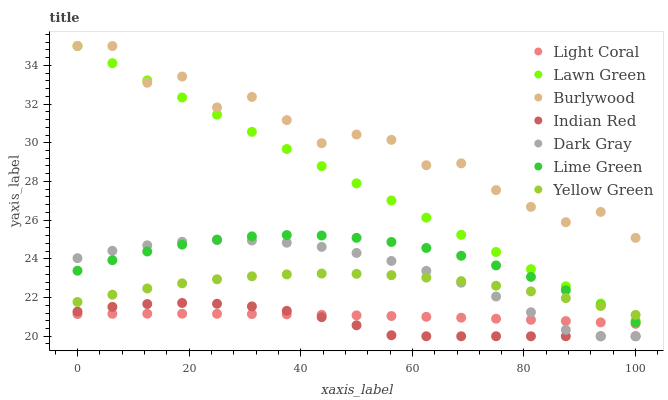
| xaxis_label | Light Coral | Lawn Green | Burlywood | Indian Red | Dark Gray | Lime Green | Yellow Green |
 | --- | --- | --- | --- | --- | --- | --- | --- |
 | 0 | 21.1 | 35 | 35 | 21.3 | 24 | 23.4 | 21.8 |
 | 6.25 | 21.2 | 34.1 | 35 | 21.5 | 24.4 | 23.9 | 22.1 |
 | 12.5 | 21.2 | 33.2 | 33.1 | 21.7 | 24.7 | 24.4 | 22.5 |
 | 18.8 | 21.2 | 32.3 | 33.4 | 21.7 | 24.9 | 24.7 | 22.7 |
 | 25 | 21.2 | 31.5 | 31.8 | 21.7 | 25 | 25 | 22.9 |
 | 31.2 | 21.1 | 30.6 | 32.4 | 21.5 | 25 | 25.2 | 23.1 |
 | 37.5 | 21.1 | 29.7 | 31.2 | 21.3 | 24.8 | 25.2 | 23.2 |
 | 43.8 | 21.1 | 28.8 | 30 | 21 | 24.6 | 25.2 | 23.2 |
 | 50 | 21.1 | 27.9 | 30.4 | 20.6 | 24.3 | 25.1 | 23.2 |
 | 56.2 | 21 | 27 | 30.2 | 20.1 | 23.9 | 24.9 | 23.2 |
 | 62.5 | 21 | 26.1 | 28.8 | 20 | 23.4 | 24.6 | 23 |
 | 68.8 | 21 | 25.2 | 28.9 | 20 | 22.8 | 24.2 | 22.8 |
 | 75 | 20.9 | 24.4 | 27.6 | 20 | 22.1 | 23.7 | 22.6 |
 | 81.2 | 20.8 | 23.5 | 26.7 | 20 | 21.2 | 23.1 | 22.3 |
 | 87.5 | 20.8 | 22.6 | 25.9 | 20 | 20.3 | 22.4 | 22 |
 | 93.8 | 20.7 | 21.7 | 26.4 | 20 | 20 | 21.6 | 21.6 |
 | 100 | 20.6 | 20.8 | 25.1 | 20 | 20 | 20.7 | 21.1 |